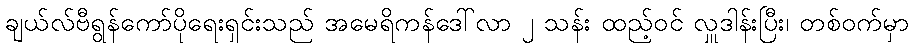
ချယ်လ်ဗီရွန်ကော်ပိုရေးရှင်းသည် အမေရိကန်ဒေါ်လာ ၂ သန်း ထည့်ဝင် လှူဒါန်းပြီး၊ တစ်ဝက်မှာ